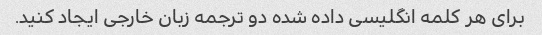
برای هر کلمه انگلیسی داده شده دو ترجمه زبان خارجی ایجاد کنید.